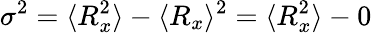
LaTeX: \sigma^{2}=\langle R_{x}^{2}\rangle-\langle R_{x}\rangle^{2}=\langle R_{x}^{2}\rangle-0